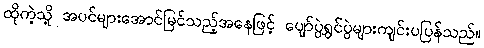
ထိုကဲ့သို့ အပင်များအောင်မြင်သည့်အနေဖြင့် ပျော်ပွဲရွှင်ပွဲများကျင်းပပြန်သည်။